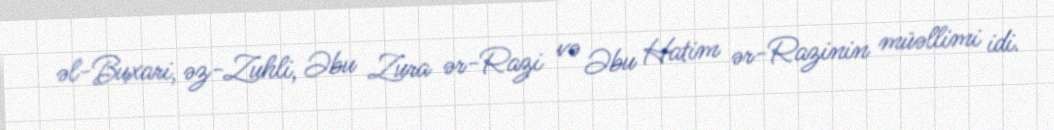
əl-Buxari, əz-Zuhli, Əbu Zura ər-Razi və Əbu Hatim ər-Razinin müəllimi idi.